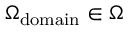
\Omega _ { \mathrm { d o m a i n } } \in \Omega